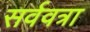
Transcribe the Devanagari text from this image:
सर्ववत्रा